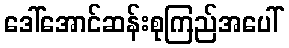
ဒေါ်အောင်ဆန်းစုကြည်အပေါ်